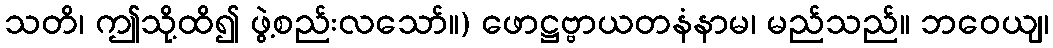
သတိ၊ ဤသို့ထိ၍ ဖွဲ့စည်းလသော်။) ဖောဋ္ဌဗ္ဗာယတနံနာမ၊ မည်သည်။ ဘဝေယျ၊